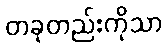
တခုတည်းကိုသာ